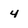
Character: 4